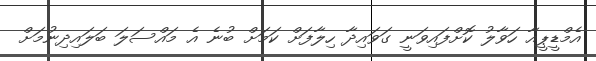
އެމްޑީޕީއާ ހަވާލު ކޮށްފައިވަނީ ގަވައިދާ ހިލާފަށް ކަމަށް ބުނެ އެ މައްސަލަ ބަލައިދިނުމަށް